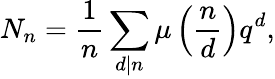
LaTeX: N_{n}={\frac{1}{n}}\sum_{d\mid n}\mu\left({\frac{n}{d}}\right)q^{d},